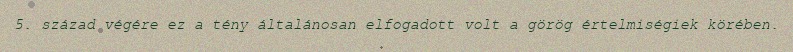
5. század végére ez a tény általánosan elfogadott volt a görög értelmiségiek körében.